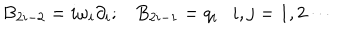
B _ { 2 i - 2 } = i \omega _ { i } \partial _ { i } ; B _ { 2 i - 1 } = q _ { i } \ \ \ i , j = 1 , 2 \cdots